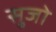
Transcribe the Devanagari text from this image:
सुजो